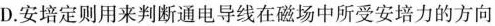
D.安培定则用来判断通电导线在磁场中所受安培力的方向